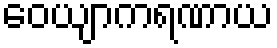
ဝေယျာကရဏာယ